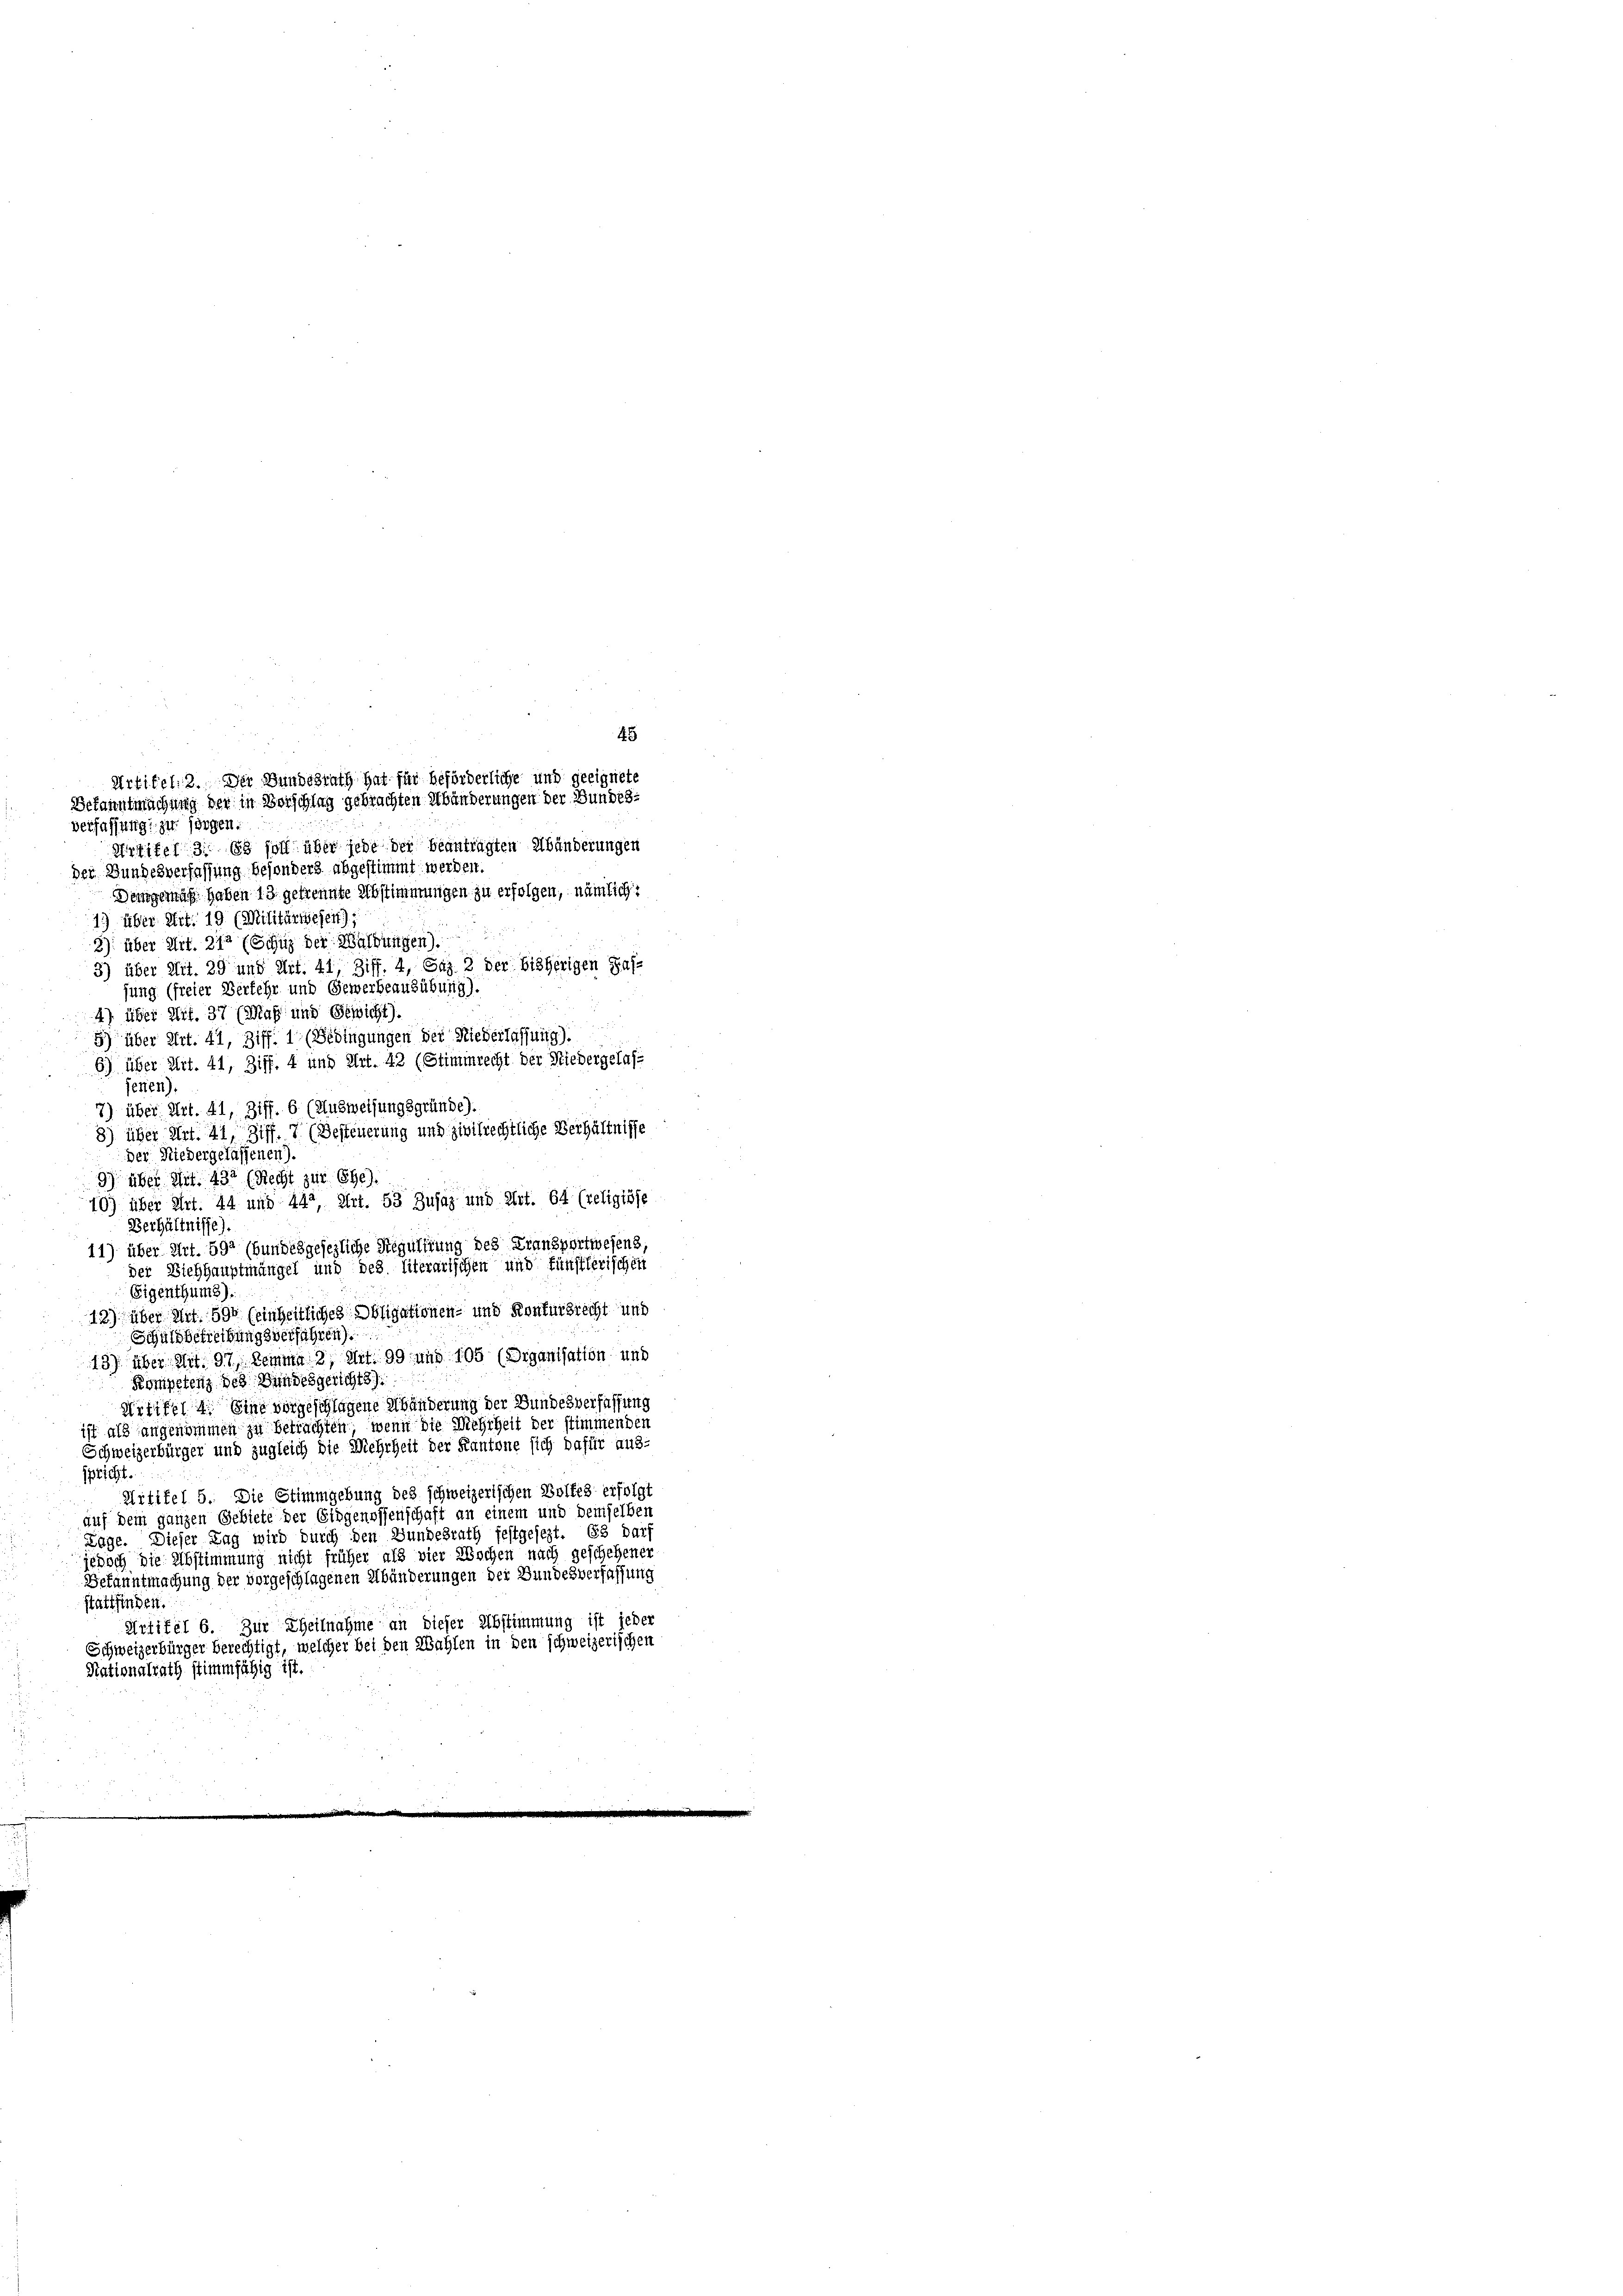
45
Artikel 2. Der Bundesrath hat für beförderliche und geeignete
Bekanntmachung der in Vorschlag gebrachten Abänderungen der Bundes¬

verfassung: zu sorgen.
Artikel 31. 83 soll über jede der beantragten Abänderungen
der Bundesverfassung besonders abgestimmt werden.
Demgemäß haben 13 getrennte Abstimmungen zu erfolgen, nämlich:
1) über Art. 19 (Militärwesen);
3) über Art. 212 (Schuz der Waldungen)
3) über Art. 29 und Art. 41, Ziff. 4, Gaz. 3 der bisherigen Pas-
sung (freier Verkehr und Gewerbeausübung).
4) über Art. 37 (Maß und Gewicht).
5) über Art. 41, Ziff. 1 (Bedingungen der Niederlassung).
6) über Art. 41, Ziff. 4 und Art. 42 (Stimmrecht der Niedergelas-
jenen)
7) über Art. 41, Ziff. 6 (Ausweisungsgründe).
8) über Art. 41, Ziff. 7 (Besteuerung und zivilrechtliche Verhältnisse
der Niedergelassenen).
9) über Mit. 432 (Recht zur Ehe).
10) über Art. 44 und 442 Art. 53 Zujaz und Art. 64 (religiöse
Verhältnisse).
11) über Art. 592 (bundesgesezliche Regulirung des Transportwesens,
der Viehhauptmängel und des literarischen und fünstlerischen
Eigenthums).
13) über Art. 590 (einheitliches Obligationen- und Kontursrecht und
Schuldbetreibungsverfahren).
13) über Art. 97. Lemma 3, Art. 99 und 105 (Organisation und
Kompetenz des Bundesgerichts
Artiker 4. Eine vorgeschlagene Abänderung der Bundesverfassung
ist als angenommen zu betrachten, wenn die Mehrheit der stimmenden
Schweizerbürger und zugleich die Mehrheit der Kantone sich dafür aus-
spricht.
Artikel 5. Die Stimmgebung des schweizerischen Balfes erfolgt
auf dem ganzen Gebiete der Eidgenossenschaft an einem und demselben
Lage. Dieser Tag wird durch den Bundesrath festgesezt. Es darf
jedoch die Abstimmung nicht früher als vier Wochen nach geschehenen
Bekanntmachung der vorgeschlagenen Abänderungen der Bundesverfassung
stattfinden.
Artikel 6. Zur Theilnahme an dieser Abstimmung ist jeder
Schweizerbürger berechtigt, welcher bei den Wahlen in den schweizerischen
Nationalrath stimmfähig ist.